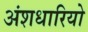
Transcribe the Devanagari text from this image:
अंशधारियो